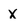
Character: x